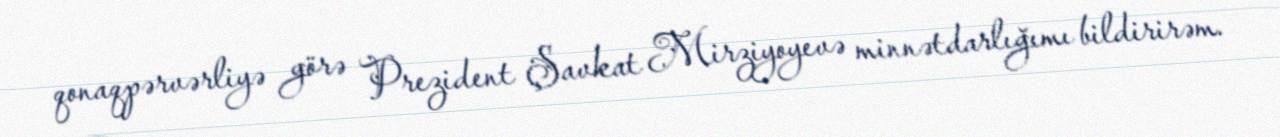
qonaqpərvərliyə görə Prezident Şavkat Mirziyoyevə minnətdarlığımı bildirirəm.